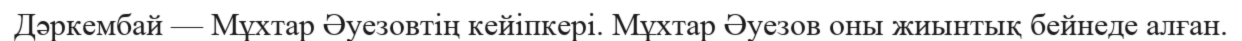
Дәркембай — Мұхтар Әуезовтің кейіпкері. Мұхтар Әуезов оны жиынтық бейнеде алған.